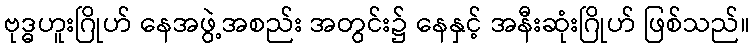
ဗုဒ္ဓဟူးဂြိုဟ် နေအဖွဲ့အစည်း အတွင်း၌ နေနှင့် အနီးဆုံးဂြိုဟ် ဖြစ်သည်။